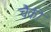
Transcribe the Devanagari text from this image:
चैकी